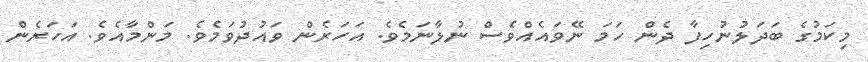
މިކަމުގެ ބަދަލުނުހިފާ ދެން ހަމަ ނޭވައެއްވެސް ނުލާނަމެވެ. އަހަރެން ވައުދުވަމެވެ. މަންމާއެވެ. އަހަރެން